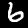
Label: 6